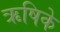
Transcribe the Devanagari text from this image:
ऋषिके